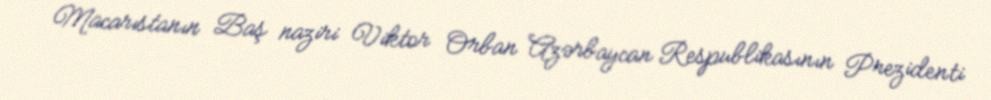
Macarıstanın Baş naziri Viktor Orban Azərbaycan Respublikasının Prezidenti